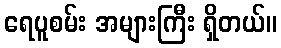
ရေပူစမ်း အများကြီး ရှိတယ်။